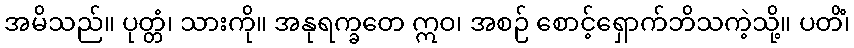
အမိသည်။ ပုတ္တံ၊ သားကို။ အနုရက္ခတေ ဣဝ၊ အစဉ် စောင့်ရှောက်ဘိသကဲ့သို့။ ပတိံ၊